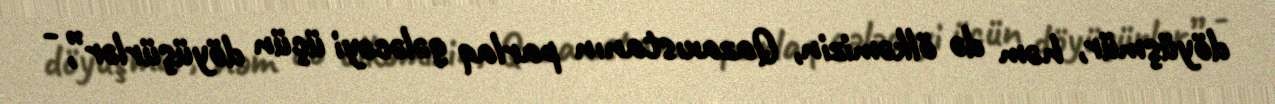
döyüşmür, həm də ölkəmizin, Qazaxıstanın parlaq gələcəyi üçün döyüşürlər”, -